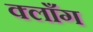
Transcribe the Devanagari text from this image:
क्लाँग